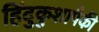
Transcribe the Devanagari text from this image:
हिंदुकुशापैकी